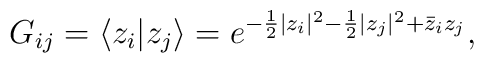
G_{ij}=\langle z_i|z_j\rangle=e^{-\frac 12 |z_i|^2-\frac 12 |z_j|^2+\bar{z}_i z_j},